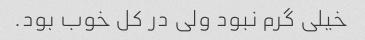
خیلی گرم نبود ولی در کل خوب بود.